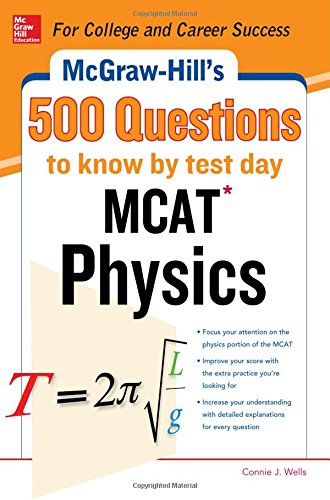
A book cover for McGraw-Hill's 500 MCAT Physics Questions to Know by Test Day: 3 Reading Tests + 3 Writing Tests + 3 Mathematics Tests (McGraw-Hill's 500 Questions); Connie J. Wells; Test Preparation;